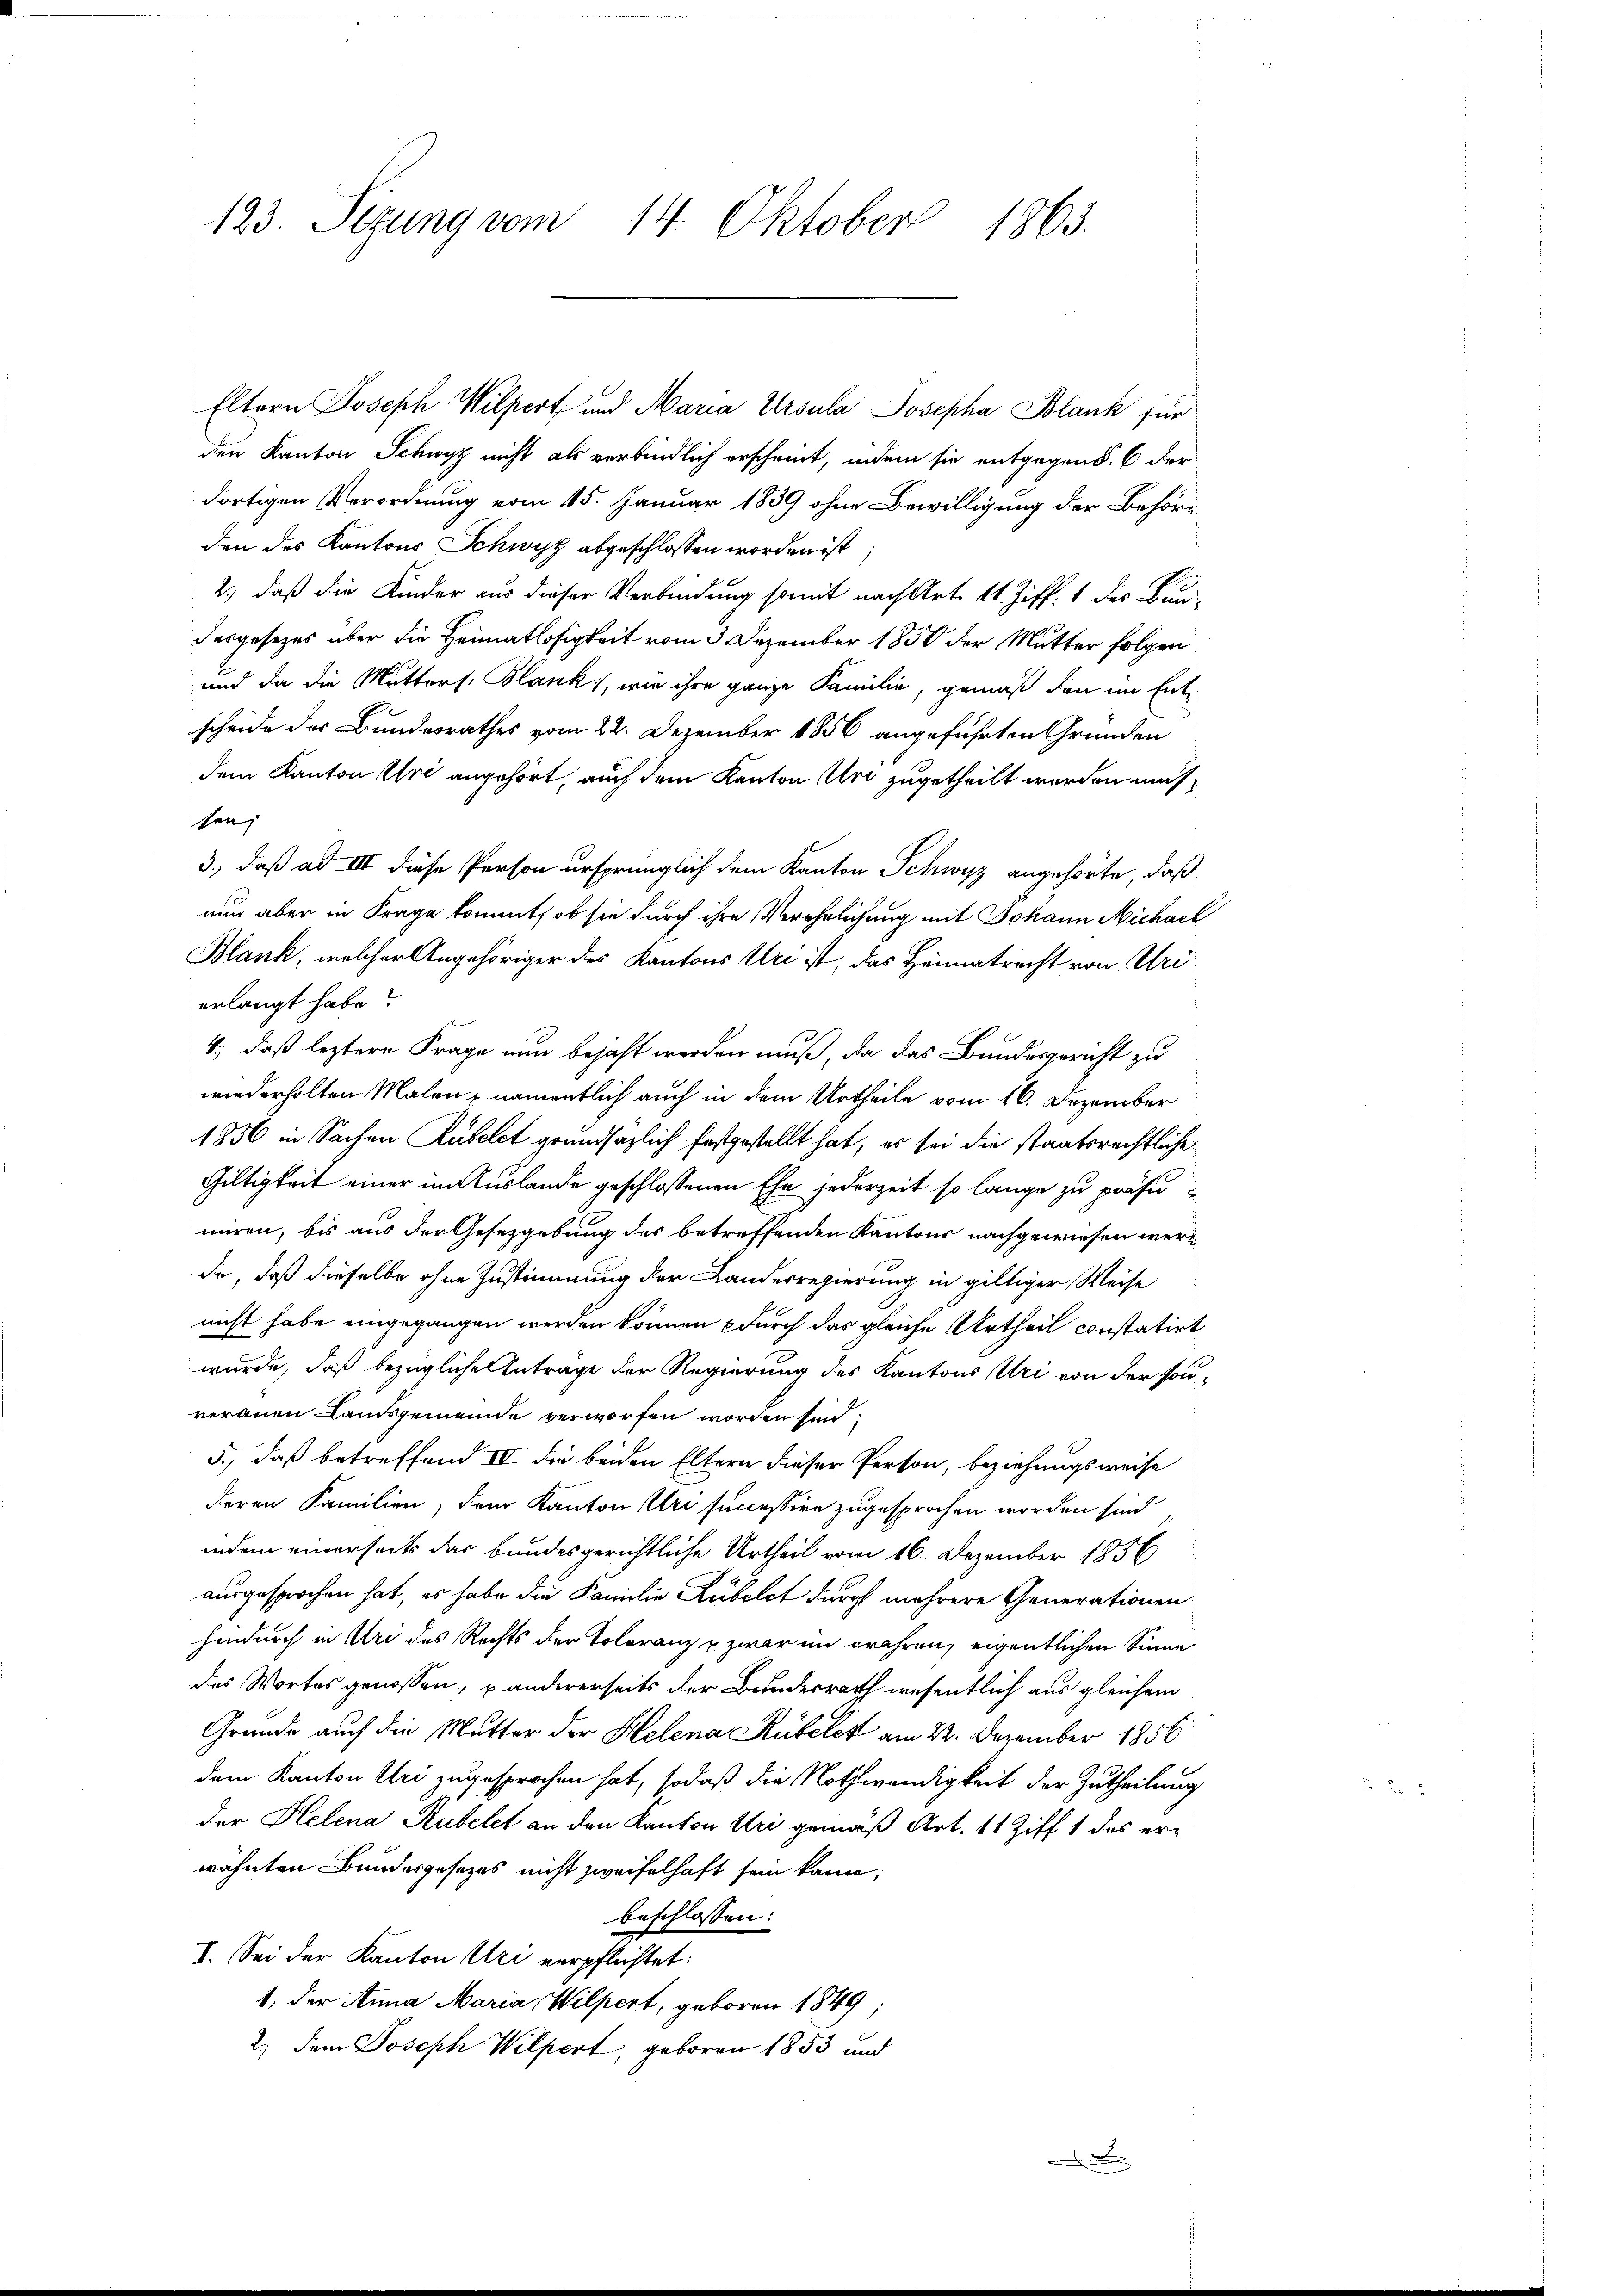
123. Sizung vom 14. Oktober 1863.

den Kanton Schwyz nicht als verbindlich erscheint, indem sie entgegend. 6 der
dortigen Verordnung vom 15. Januar 1839 ohne Bewilligung der Behöriden des Kantons Schwyz abgeschlossen worden ist;
2.) daß die Kinder aus dieser Verbindung somit nach Art. 11 Ziff. 1 der Bun-
desgesezes über die Heimatlosigkeit vom 3 Dezember 1850 der Mutter folgen
und da die Mutters. Blank, wie ihre ganze Familie, gemäß den im Entscheide des Bundesrathes vom 22. Dezember 1856 angeführten Gründen
dem Kanton Gri angehört, auch dem Kanton Uri zugetheilt werden müssen, |
3., daß ad III diese Person ursprünglich dem Kanton Schwyz angehörte, daß
nun aber in Frage kommt, ob sie durch ihre Verehrlichung mit Johann Michael
Blank, welcher Angehöriger dies Kantons Uri ist, das Heimatrecht von Uri
erlangt habe?
4., daß letztere Frage nun bejaht werden muß, da das Bundesgericht zu
wiederholten Malen, namentlich auch in dem Urtheile vom 16. Dezember
1856 in Sachen Rufelet grundsazlich festgestellt hat, es sei die staatsrechtliche
Gültigkeit einer im Auslande geschlossenen Ehe jederzeit so lange zu präsimiren, bis aus der Gesetzgebung des betreffenden Kantons nachgewiesen werda, daß dieselbe ohne Zustimmung der Landesregierung in giltiger Weise
nicht habe eingegangen werden können durch das gleiche Urtheil constatirt
wurde, daß bezügliche Anträge der Regierung des Kantons Uri von der sonveranen Landsgemeinde verworfen worden sind,
5., daß betreffend IV die beiden Eltern dieser Person, beziehungsweise
deren Familien, dem Kanton Uri successive zugesprochen worden sind
indem einerseits das bundesgerichtliche Urtheil vom 16. Dezember 1856
ausgesprochen hat, es habe die Familie Rubelst durch mehrere Generationen
hindurch in Uri des Rechts der Toleranz u. zwar im prahren, eigentlichen Sinne
des Wortes genossen, u andererseits der Bundesrath wesentlich aus gleichem
Gründe auch die Mutter der Helena Kübelét am 22. Dezember 1856
dem Kanton Uri zugesprochen hat, sodaß die Nothwendigkeit der Zutheilung
der Helena Rubelet an den Kanton Uri gemäß Art. 11 Ziff 1 des erwähnten Bundesgesetzes nicht zweifelhaft sein kann;
beschlossen:
I. Sei der Kanton Uri verpflichtet:
1. der Anna Maria, Wilpert, geboren 1849;
2.) Dem Joseph Wilpert, geboren 1853 und

Eltern Joseph Wilpert und Maria Ursula Josepha Blank für

.